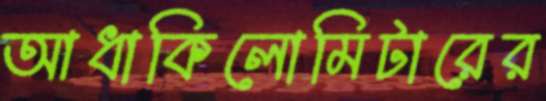
আধাকিলোমিটারের